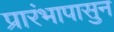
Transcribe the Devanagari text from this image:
प्रारंभापासुन